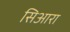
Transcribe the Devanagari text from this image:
सिआरा